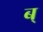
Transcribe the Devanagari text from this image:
ब्‌